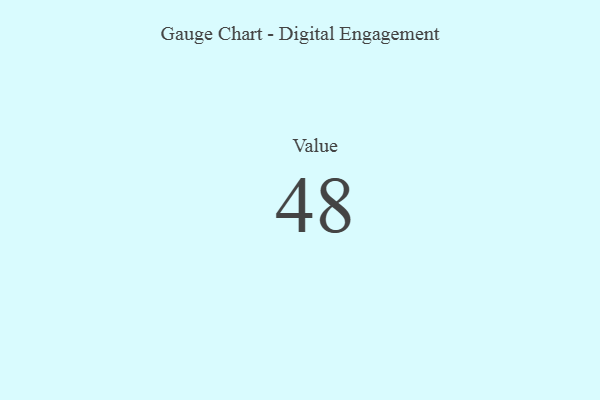
{"axis": {"x": "Metric", "y": "Value"}, "legend": [""], "data": [{"x": "Value", "y": 48, "type": ""}]}